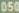
050